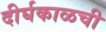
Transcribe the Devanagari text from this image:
दीर्घकाळची